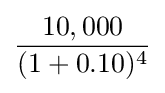
{\frac {10,000}{(1+0.10)^{4}}}